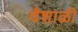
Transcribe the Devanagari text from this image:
वैशाळी